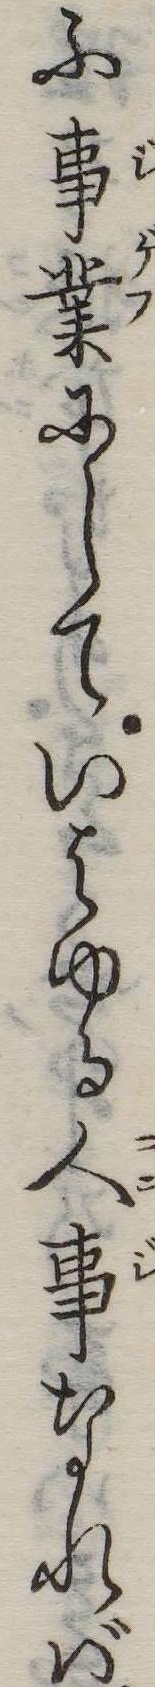
ふ事業にしていはゆる人事なれば